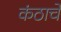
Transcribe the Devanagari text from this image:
कंठाचे